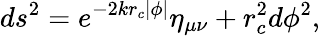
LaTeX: ds^{2}=e^{-2kr_{c}\left|\phi\right|}\eta_{\mu\nu}+r_{c}^{2}d\phi^{2},